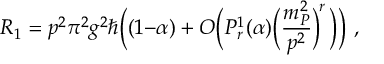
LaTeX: R _ { 1 } = p ^ { 2 } \pi ^ { 2 } g ^ { 2 } \hbar \Big ( ( 1 { - } \alpha ) + O \Big ( P _ { r } ^ { 1 } ( \alpha ) \Big ( \frac { m _ { P } ^ { 2 } } { p ^ { 2 } } \Big ) ^ { \! r } \, \Big ) \Big ) ~ ,